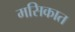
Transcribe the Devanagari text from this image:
मसिकात